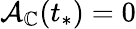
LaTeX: \mathcal{A}_{\mathbb{C}}(t_{*})=0